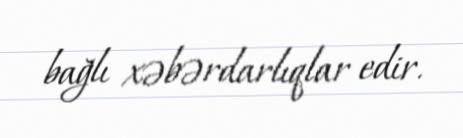
bağlı xəbərdarlıqlar edir.